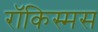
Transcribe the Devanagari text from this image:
रॉकिस्मस